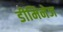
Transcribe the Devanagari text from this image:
डीमिनेज